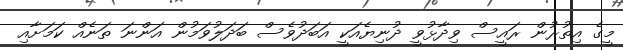
މީގެ އިތުރުން ރައީސް ވިދާޅުވީ ދުނިޔެއަކީ އަބަދުވެސް ބަދަލުވަމުން އަންނަ ތަނެއް ކަމަށާއި